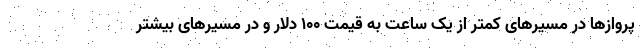
پروازها در مسیرهای کمتر از یک ساعت به قیمت ۱۰۰ دلار و در مسیرهای بیشتر